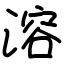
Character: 溶